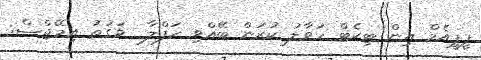
ޕީޕީއެމް އިން ޓިކެޓް ހަވާލު ކުރަން ބޭއްވި ހަފްލާ  ވަގުތު އިމޭޖްސް: